Annual report on the working of the lock hospitals in the Central Provinces
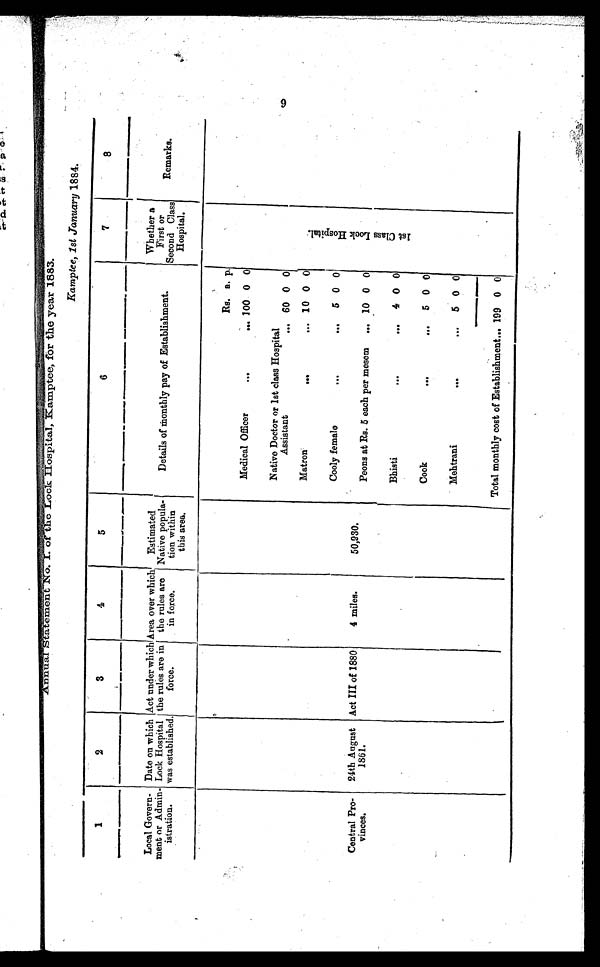
A n n u a l S t a t
e m e n t N o . I . o f t h e L o c k H o s p i t a l , K a m t e e , f o r t h e y e a r 1 8 8 3 .
Kamptee, 1st January 1884.
1
2
3
4
5
6
7
8
Local Govern-
ment or Admin-
istration.
Date on which
Lock Hospital
was established.
Act under which
the rules are in
force.
Area over which
the rules are
in force.
Estimated
Native popula-
tion within
this area.
Details of monthly pay of Establishment.
Whether a
First or
Second Class
Hospital.
Remarks.
Rs. a. p.
1 s t C l a s s L o c k H o s p i t a l .
Medical Officer
...
... 100 0 0
Native Doctor or 1st class Hospital
Assistant
. . . 60 0 0
Matron
...
... 10 0 0
Cooly female
...
... 5 0 0
Central Pro-
vinces.
24th August
1861.
Act III of 1880
4 miles.
50,930.
Peons at Rs. 5 each per mesem ... 10 0 0
Bhisti
...
... 4 0 0
Cook
...
... 5 0 0
Mehtrani
...
... 5 0 0
Total monthly cost of Establishment... 199 0 0
9